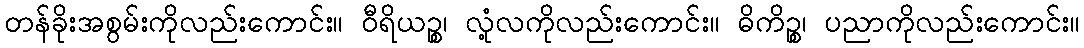
တန်ခိုးအစွမ်းကိုလည်းကောင်း။ ဝီရိယဉ္စ၊ လုံ့လကိုလည်းကောင်း။ ဓိကိဉ္စ၊ ပညာကိုလည်းကောင်း။